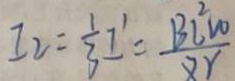
I _ { 2 } = \frac { 1 } { 3 } I ^ { \prime } = \frac { 1 3 l ^ { 2 } v o 2 } { z \gamma }